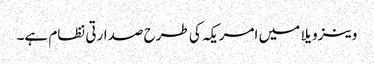
وینزویلا میں امریکہ کی طرح صدارتی نظام ہے۔